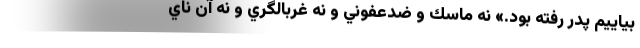
بياييم پدر رفته بود.» نه ماسك و ضدعفوني و نه غربالگري و نه آن ناي